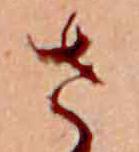
さ